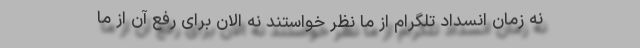
نه زمان انسداد تلگرام از ما نظر خواستند نه الان برای رفع آن از ما